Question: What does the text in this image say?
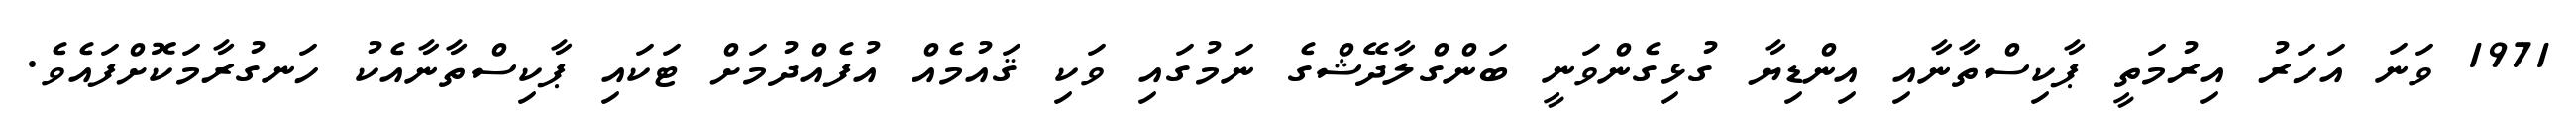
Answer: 1971 ވަނަ އަހަރު އިރުމަތީ ޕާކިސްތާނާއި އިންޑިޔާ ގުޅިގެންވަނީ ބަންގްލާދޭޝްގެ ނަމުގައި ވަކި ޤައުމެއް އުފެއްދުމަށް ޓަކައި ޕާކިސްތާނާއެކު ހަނގުރާމަކޮށްފައެވެ.